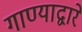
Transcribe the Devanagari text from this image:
गाण्याद्वारे